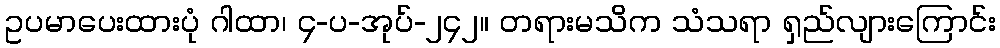
ဥပမာပေးထားပုံ ဂါထာ၊ ၄-ပ-အုပ်-၂၄၂။ တရားမသိက သံသရာ ရှည်လျားကြောင်း